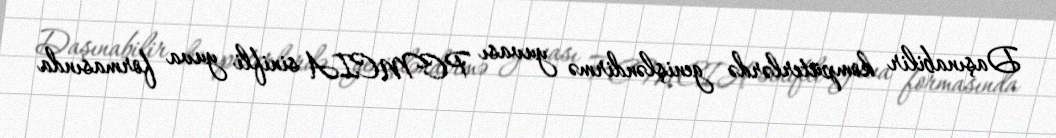
Daşınabilir kompüterlərdə genişləndirmə yuvası PCMCIA sinifli yuva formasında